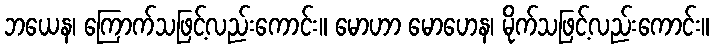
ဘယေန၊ ကြောက်သဖြင့်လည်းကောင်း။ မောဟာ မောဟေန၊ မိုက်သဖြင့်လည်းကောင်း။